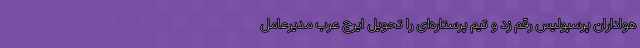
هواداران پرسپولیس رقم زد و تیم پرستاره‌ای را تحویل ایرج عرب مدیرعامل